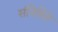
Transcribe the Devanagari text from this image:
संनिहिते